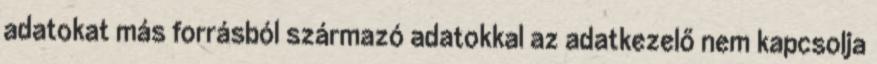
adatokat más forrásból származó adatokkal az adatkezelő nem kapcsolja